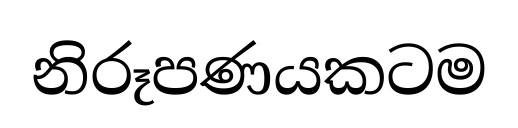
නිරූපණයකටම